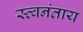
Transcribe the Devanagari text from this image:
स्त्वनंताय